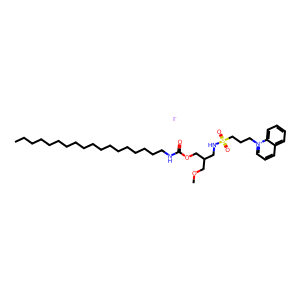
SMILES: CCCCCCCCCCCCCCCCCCNC(=O)OCC(CNS(=O)(=O)CCC[n+]1cccc2ccccc21)COC.[I-]
Inhibits HIV replication: No